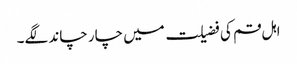
اہل قم کی فضیلت میں چار چاند لگے۔